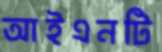
আইএনটি